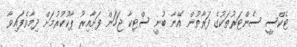
ޓެކްސީ ސެންޓަރުތަކުގެ ފަރާތުން އޭނާ ބުނީ ސްޓިކާ ޖަހަން ފަށާއިރު ޕާކުކުރުމަށް ދިމާވެފައިވާ